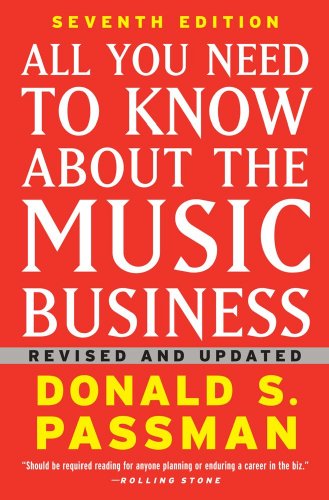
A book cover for All You Need to Know About the Music Business: Seventh Edition; Donald S. Passman; Arts & Photography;